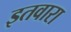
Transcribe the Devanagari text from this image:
इतवारा